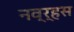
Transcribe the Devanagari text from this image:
नव्‍र्हस